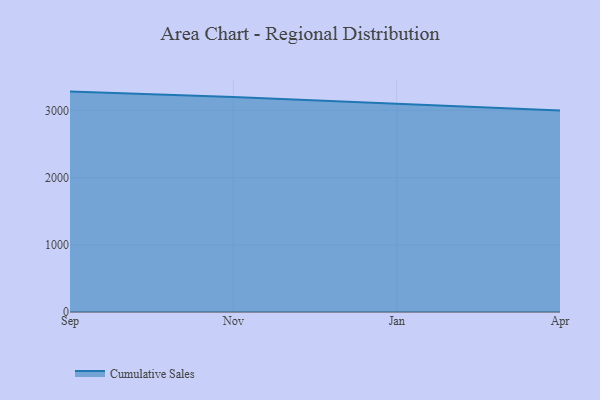
{"axis": {"x": "Month", "y": "Market Share (%)"}, "legend": ["Cumulative Sales"], "data": [{"x": "Sep", "y": 3279.3, "type": "Cumulative Sales"}, {"x": "Nov", "y": 3199.7, "type": "Cumulative Sales"}, {"x": "Jan", "y": 3098.3, "type": "Cumulative Sales"}, {"x": "Apr", "y": 2997.1, "type": "Cumulative Sales"}]}